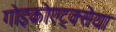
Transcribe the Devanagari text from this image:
गोइकोएट्क्सेया